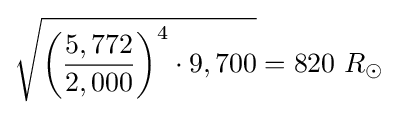
{\sqrt {{\biggl (}{\frac {5,772}{2,000}}{\biggr )}^{4}\cdot 9,700}}=820\ R_{\odot }